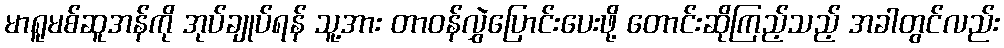
မာရူမစ်ဆူအန်ကို အုပ်ချုပ်ရန် သူ့အား တာဝန်လွှဲပြောင်းပေးဖို့ တောင်းဆိုကြည့်သည့် အခါတွင်လည်း